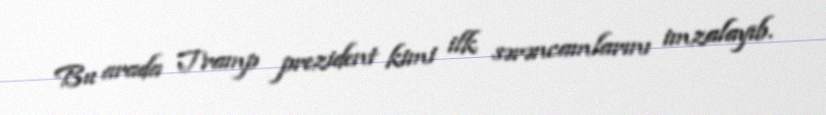
Bu arada Tramp prezident kimi ilk sərəncamlarını imzalayıb.